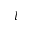
l